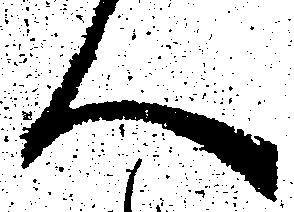
ん